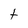
Character: f